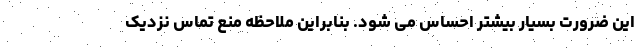
این ضرورت بسیار بیشتر احساس می شود. بنابراین ملاحظه منع تماس نزدیک